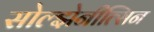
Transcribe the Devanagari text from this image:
सोल्झेनीत्सिन